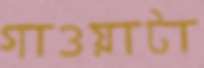
গাওয়াটা